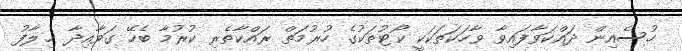
ހުސެއިން ދައްކަވާފައިވާ ވާހަކަތަކަކީ ކޯޓުތަކުގެ ހުރުމަތް ރައްކާތެރި ކުރުމާ ބެހޭ ގަވާއިދާ ޚިލާފު